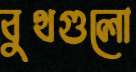
বুথগুলো